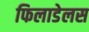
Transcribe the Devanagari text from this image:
फिलाडेलस